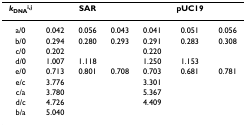
<table><thead><tr><td><b><i>k</i><sub>DNA</sub><sup>i,j</sup></b></td><td></td><td><b>SAR</b></td><td></td><td></td><td><b>pUC19</b></td><td></td></tr></thead><tbody><tr><td>a/0</td><td>0.042</td><td>0.056</td><td>0.043</td><td>0.041</td><td>0.051</td><td>0.056</td></tr><tr><td>b/0</td><td>0.294</td><td>0.280</td><td>0.293</td><td>0.291</td><td>0.283</td><td>0.308</td></tr><tr><td>c/0</td><td>0.202</td><td></td><td></td><td>0.220</td><td></td><td></td></tr><tr><td>d/0</td><td>1.007</td><td>1.118</td><td></td><td>1.250</td><td>1.153</td><td></td></tr><tr><td>e/0</td><td>0.713</td><td>0.801</td><td>0.708</td><td>0.703</td><td>0.681</td><td>0.781</td></tr><tr><td>e/c</td><td>3.776</td><td></td><td></td><td>3.301</td><td></td><td></td></tr><tr><td>c/a</td><td>3.780</td><td></td><td></td><td>5.367</td><td></td><td></td></tr><tr><td>d/c</td><td>4.726</td><td></td><td></td><td>4.409</td><td></td><td></td></tr><tr><td>b/a</td><td>5.040</td><td></td><td></td><td></td><td></td><td></td></tr></tbody></table>